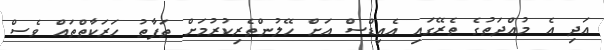
އަދި އެ މުއްދަތުގެ ތެރޭގައި އެއިޑްސް އަށް ހޭލުންތެރިކުރުމަށް ތަފާތު ހަރަކާތްތައް ވެސް